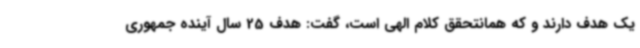
یک هدف دارند و که همانتحقق کلام الهی است، گفت: هدف 25 سال آینده جمهوری